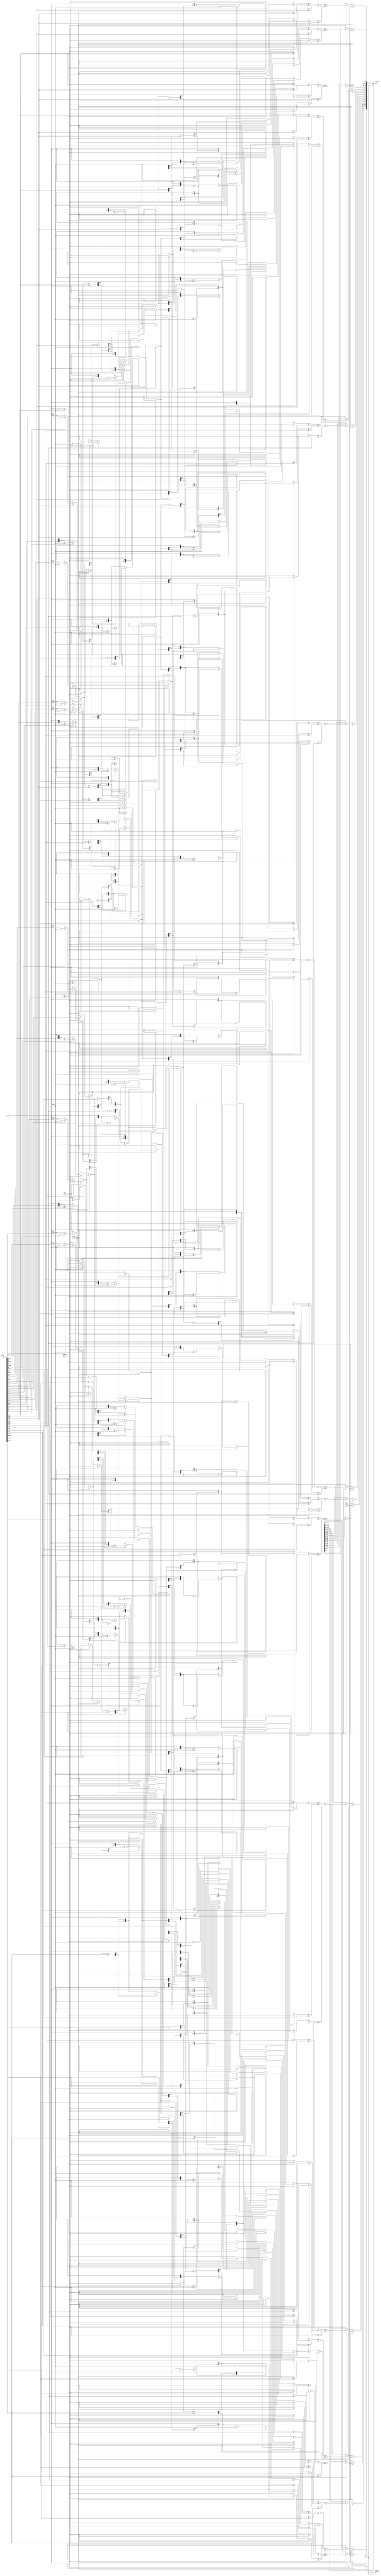
module InvMixColumns(
	input wire [127:0] value,
	input wire clk,enable,reset,
	output reg [127:0] outValue,
	output reg success);


	function [7:0] MultiplyByTwo;
	input [7:0] x;
	begin
		if(x[7] == 1) MultiplyByTwo = ((x << 1) ^ 8'h1b);
			else MultiplyByTwo = x << 1;
		end
	endfunction

	integer i;
	always@(negedge clk) begin
	if(reset) begin
		outValue <= 128'h00000000000000000000000000000000;
		i<= 0;
		success <= 0;
	end
	else if(enable) begin
	for(i=0;i<=3;i=i+1) begin
	outValue[i*32+:8] <= MultiplyByTwo(MultiplyByTwo(MultiplyByTwo(value[(i*32)+:8]) ^ value[(i*32)+:8]) ^ value[(i*32)+:8]) ^ (MultiplyByTwo(MultiplyByTwo(MultiplyByTwo(value[(i*32 + 8)+:8]))) ^ value[(i*32 + 8)+:8]) ^ (MultiplyByTwo(MultiplyByTwo(MultiplyByTwo(value[(i*32 + 16)+:8]) ^ value[(i*32 + 16)+:8])) ^ value[(i*32 + 16)+:8]) ^ (MultiplyByTwo(MultiplyByTwo(MultiplyByTwo(value[(i*32 + 24)+:8])) ^ value[(i*32 + 24)+:8]) ^ value[(i*32 + 24)+:8]);
	outValue[(i*32 + 8)+:8] <= (MultiplyByTwo(MultiplyByTwo(MultiplyByTwo(value[(i*32)+:8])) ^ value[(i*32)+:8]) ^ value[(i*32)+:8]) ^ MultiplyByTwo(MultiplyByTwo(MultiplyByTwo(value[(i*32 + 8)+:8]) ^ value[(i*32 + 8)+:8]) ^ value[(i*32 + 8)+:8]) ^ (MultiplyByTwo(MultiplyByTwo(MultiplyByTwo(value[(i*32 + 16)+:8]))) ^ value[(i*32 + 16)+:8]) ^ (MultiplyByTwo(MultiplyByTwo(MultiplyByTwo(value[(i*32 + 24)+:8]) ^ value[(i*32 + 24)+:8])) ^ value[(i*32 + 24)+:8]);
	outValue[(i*32 + 16)+:8] <= (MultiplyByTwo(MultiplyByTwo(MultiplyByTwo(value[(i*32)+:8]) ^ value[(i*32)+:8])) ^ value[(i*32)+:8]) ^ (MultiplyByTwo(MultiplyByTwo(MultiplyByTwo(value[(i*32 + 8)+:8])) ^ value[(i*32 + 8)+:8]) ^ value[(i*32 + 8)+:8]) ^ MultiplyByTwo(MultiplyByTwo(MultiplyByTwo(value[(i*32 + 16)+:8]) ^ value[(i*32 + 16)+:8]) ^ value[(i*32 + 16)+:8]) ^ (MultiplyByTwo(MultiplyByTwo(MultiplyByTwo(value[(i*32 + 24)+:8]))) ^ value[(i*32 + 24)+:8]);
	outValue[(i*32 + 24)+:8] <= (MultiplyByTwo(MultiplyByTwo(MultiplyByTwo(value[(i*32)+:8]))) ^ value[(i*32)+:8]) ^ (MultiplyByTwo(MultiplyByTwo(MultiplyByTwo(value[(i*32 + 8)+:8]) ^ value[(i*32 + 8)+:8])) ^ value[(i*32 + 8)+:8]) ^ (MultiplyByTwo(MultiplyByTwo(MultiplyByTwo(value[(i*32 + 16)+:8])) ^ value[(i*32 + 16)+:8]) ^ value[(i*32 + 16)+:8]) ^ MultiplyByTwo(MultiplyByTwo(MultiplyByTwo(value[(i*32 + 24)+:8]) ^ value[(i*32 + 24)+:8]) ^ value[(i*32 + 24)+:8]);
	end
		
	success <= 1;
	end else success <= 0;
end //End always
endmodule